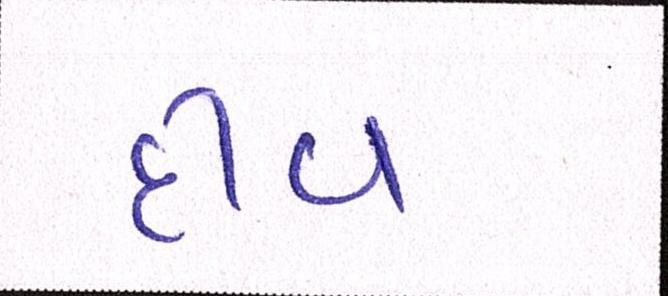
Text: દીવ